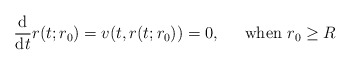
\begin{align*}\displaystyle\frac{\mathrm{d}}{\mathrm{d}t}r(t;r_{0})=v(t,r(t;r_{0}))=0\text{,\ \ \ \ \ when }r_{0}\geq R\end{align*}